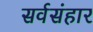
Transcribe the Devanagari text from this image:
सर्वसंहार